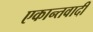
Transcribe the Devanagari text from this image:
एकान्तवादी